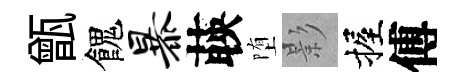
甑餽暴𦴤堕影握傅